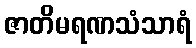
ဇာတိမရဏသံသာရံ